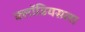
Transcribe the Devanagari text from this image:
क्लॉडियसला